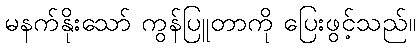
မနက်နိုးသော် ကွန်ပြူတာကို ပြေးဖွင့်သည်။